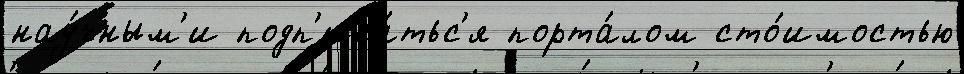
нау́чным'и подп'иса́тьс'я порта́лом сто́имостью